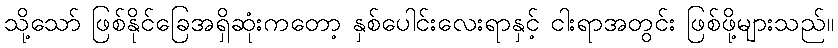
သို့သော် ဖြစ်နိုင်ခြေအရှိဆုံးကတော့ နှစ်ပေါင်းလေးရာနှင့် ငါးရာအတွင်း ဖြစ်ဖို့များသည်။